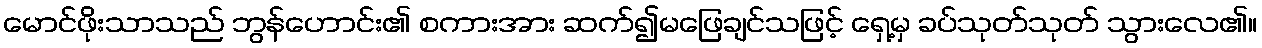
မောင်ဖိုးသာသည် ဘွန်ဟောင်း၏ စကားအား ဆက်၍မဖြေချင်သဖြင့် ရှေ့မှ ခပ်သုတ်သုတ် သွားလေ၏။